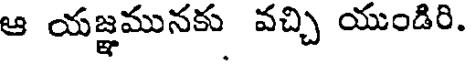
ఆ యజ్ఞమునకు వచ్చి యుండిరి.